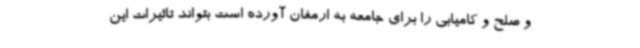
و صلح و کامیابی را برای جامعه به ارمغان آورده است بتواند تاثیرات این